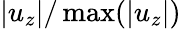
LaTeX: |u_{z}|/\operatorname*{max}(|u_{z}|)